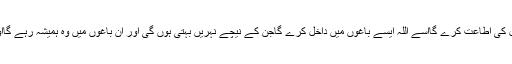
جو اللہ اور اس کے رسول کی اطاعت کرے گااسے اللہ ایسے باغوں میں داخل کرے گاجن کے نیچے نہریں بہتی ہوں گی اور ان باغوں میں وہ ہمیشہ رہے گااور یہی بڑی کام یابی ہے۔